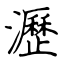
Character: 瀝